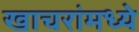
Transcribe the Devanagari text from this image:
खाचरांमध्ये